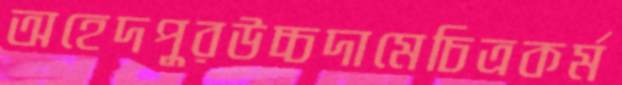
অহেদপুরউচ্চদামেচিত্রকর্ম